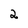
Character: 2